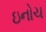
ઇનોચ